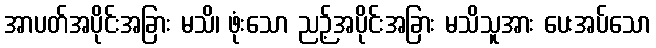
အာပတ်အပိုင်းအခြား မသိ၊ ဖုံးသော ညဉ့်အပိုင်းအခြား မသိသူအား ပေးအပ်သော